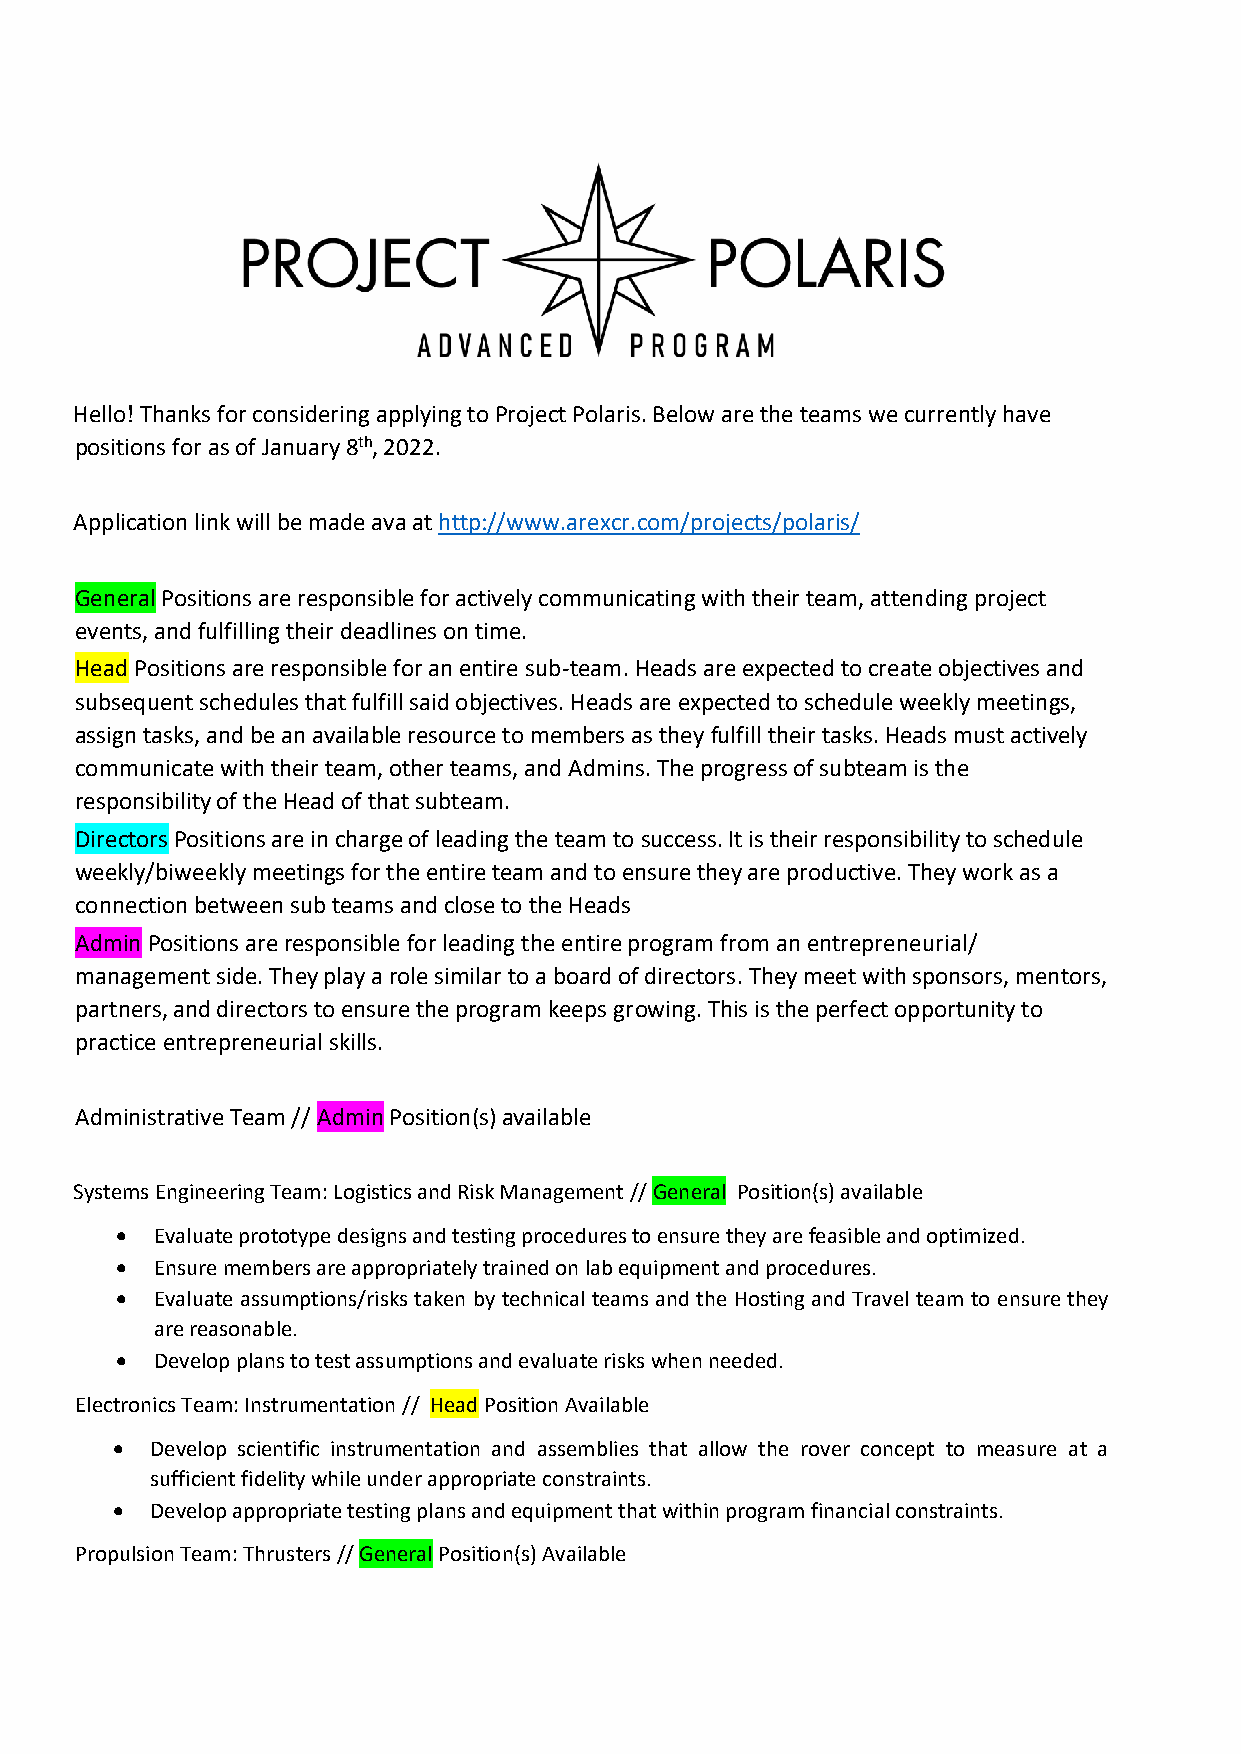
Hello! Thanks for considering applying to Project Polaris. Below are the teams we currently have
 positions for as of January 8th, 2022.
 Application link will be made ava at http://www.arexcr.com/projects/polaris/
 General Positions are responsible for actively communicating with their team, attending project
 events, and fulfilling their deadlines on time.
 Head Positions are responsible for an entire sub-team. Heads are expected to create objectives and
 subsequent schedules that fulfill said objectives. Heads are expected to schedule weekly meetings,
 assign tasks, and be an available resource to members as they fulfill their tasks. Heads must actively
 communicate with their team, other teams, and Admins. The progress of subteam is the
 responsibility of the Head of that subteam.
 Directors Positions are in charge of leading the team to success. It is their responsibility to schedule
 weekly/biweekly meetings for the entire team and to ensure they are productive. They work as a
 connection between sub teams and close to the Heads
 Admin Positions are responsible for leading the entire program from an entrepreneurial/
 management side. They play a role similar to a board of directors. They meet with sponsors, mentors,
 partners, and directors to ensure the program keeps growing. This is the perfect opportunity to
 practice entrepreneurial skills.
 Administrative Team // Admin Position(s) available
 Systems Engineering Team: Logistics and Risk Management // General Position(s) available
 • Evaluate prototype designs and testing procedures to ensure they are feasible and optimized.
 • Ensure members are appropriately trained on lab equipment and procedures.
 • Evaluate assumptions/risks taken by technical teams and the Hosting and Travel team to ensure they
 are reasonable.
 • Develop plans to test assumptions and evaluate risks when needed.
 Electronics Team: Instrumentation // Head Position Available
 •  Develop scientific instrumentation and assemblies that allow the rover concept to measure at a
 sufficient fidelity while under appropriate constraints.
 •  Develop appropriate testing plans and equipment that within program financial constraints.
 Propulsion Team: Thrusters // General Position(s) Available